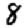
Digit: 8